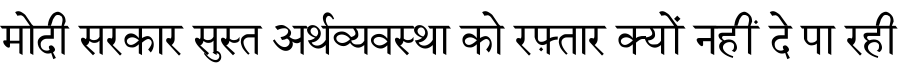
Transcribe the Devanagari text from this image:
मोदी सरकार सुस्त अर्थव्यवस्था को रफ़्तार क्यों नहीं दे पा रही